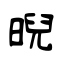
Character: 晲